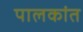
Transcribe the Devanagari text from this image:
पालकांत